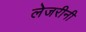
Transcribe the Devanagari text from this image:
लेजरीनी